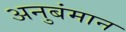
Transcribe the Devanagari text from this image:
अनुबंमान